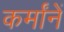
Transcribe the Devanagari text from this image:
कर्मांनें